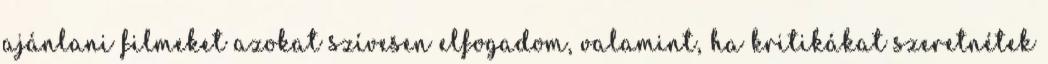
ajánlani filmeket azokat szívesen elfogadom, valamint, ha kritikákat szeretnétek